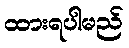
ထားရပါမည်